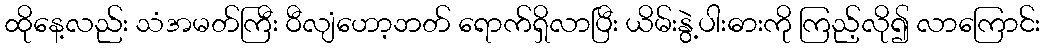
ထိုနေ့လည်း သံအမတ်ကြီး ဝီလျံဟော့ဘတ် ရောက်ရှိလာပြီး ယိမ်းနွဲ့ပါးဓားကို ကြည့်လို၍ လာကြောင်း